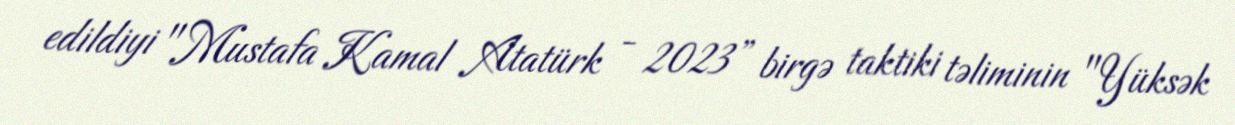
edildiyi "Mustafa Kamal Atatürk - 2023” birgə taktiki təliminin "Yüksək